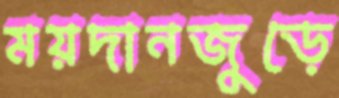
ময়দানজুড়ে